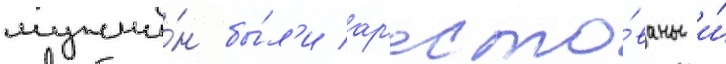
мужчи́н бы́л'и ар'есто́ваны и́